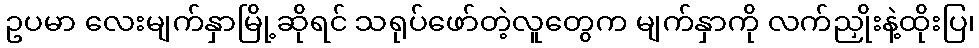
ဥပမာ လေးမျက်နှာမြို့ဆိုရင် သရုပ်ဖော်တဲ့လူတွေက မျက်နှာကို လက်ညှိုးနဲ့ထိုးပြ၊